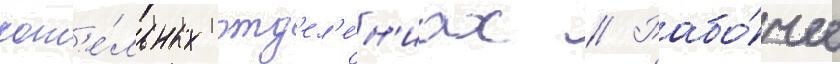
кот'е́льных отд'ел'е́н'иах // Рабо́чее